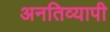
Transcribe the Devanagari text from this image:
अनतिव्यापी